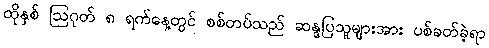
ထိုနှစ် ဩဂုတ် ၈ ရက်နေ့တွင် စစ်တပ်သည် ဆန္ဒပြသူများအား ပစ်ခတ်ခဲ့ရာ